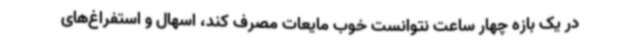
در یک بازه چهار ساعت نتوانست خوب مایعات مصرف کند، اسهال و استفراغ‌های